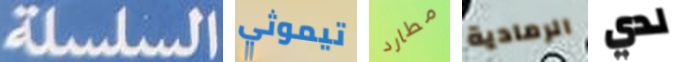
السلسلة تيموثي مطارد الرمادية لدي